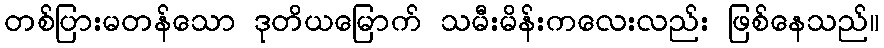
တစ်ပြားမတန်သော ဒုတိယမြောက် သမီးမိန်းကလေးလည်း ဖြစ်နေသည်။